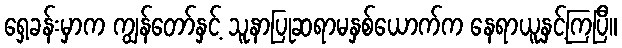
ရှေ့ခန်းမှာက ကျွန်တော်နှင့် သူနာပြုဆရာမနှစ်ယောက်က နေရာယူနှင့်ကြပြီ။